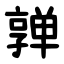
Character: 亸